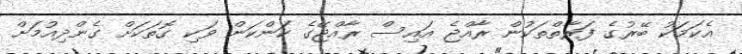
އެކަމަކު ބޭރުގެ ފަރާތްތަކުން ރާއްޖެ އައިސް ރާއްޖޭގެ ކަންކަން ވަކި ގޮތަކަށް ގެންދިއުމަށް